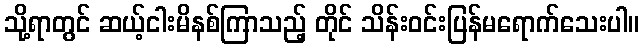
သို့ရာတွင် ဆယ့်ငါးမိနစ်ကြာသည့် တိုင် သိန်းဝင်းပြန်မရောက်သေးပါ။